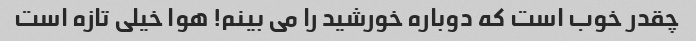
چقدر خوب است که دوباره خورشید را می بینم! هوا خیلی تازه است